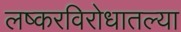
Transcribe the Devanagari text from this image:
लष्करविरोधातल्या